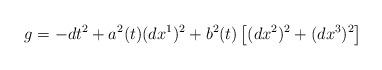
LaTeX: \begin{align*} g = - dt^{2} + a^{2}(t)(dx^{1})^{2} + b^{2}(t)\left[(dx^{2})^{2}+(dx^{3})^{2}\right]\end{align*}